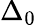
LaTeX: \Delta_{0}